Indian Civil Veterinary Department memoirs
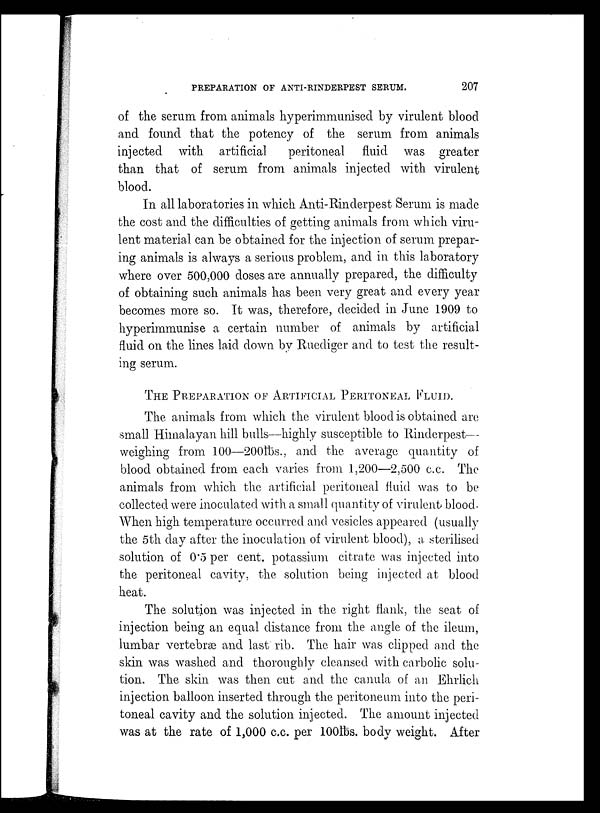
PREPARATION OF ANTI-RINDERPEST SERUM.
207
of the serum from animals hyperimmunised by virulent blood
and found that the potency of the serum from animals
injected with artificial
peritoneal fluid was greater
than that of serum from animals injected with virulent
blood.
In all laboratories in which Anti-Rinderpest Serum is made
the cost and the difficulties of getting animals from which viru-
lent material can be obtained for the injection of serum prepar-
ing animals is always a serious problem, and in this laboratory
where over 500,000 doses are annually prepared, the difficulty
of obtaining such animals has been very great and every year
becomes more so. It was, therefore, decided in June 1909 to
hyperimmunise a certain number of animals by artificial
fluid on the lines laid down by Ruediger and to test the result-
ing serum.
THE PREPARATION OF ARTIFICIAL PERITONEAL FLUID.
The animals from which the virulent blood is obtained are
small Himalayan hill bulls—highly susceptible to Rinderpest—
weighing from 100—200lbs., and the average quantity of
blood obtained from each varies from 1,200—2,500 c.c. The
animals from which the artificial peritoneal fluid was to be
collected were inoculated with a small quantity of virulent blood.
When high temperature occurred and vesicles appeared (usually
the 5th day after the inoculation of virulent blood), a sterilised
solution of 0.5 per cent. potassium citrate was injected into
the peritoneal cavity, the solution being injected at blood
heat.
The solution was injected in the right flank, the seat of
injection being an equal distance from the angle of the ileum,
lumbar vertebræ and last rib. The hair was clipped and the
skin was washed and thoroughly cleansed with carbolic solu-
tion. The skin was then cut and the canula of an Ehrlich
injection balloon inserted through the peritoneum into the peri-
toneal cavity and the solution injected. The amount injected
was at the rate of 1,000 c.c. per 100lbs. body weight. After